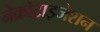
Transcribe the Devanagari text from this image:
नेक्रोटाइजेशन